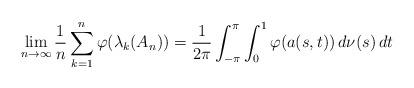
LaTeX: \begin{align*} \lim_{n\rightarrow\infty}\frac{1}{n} \sum_{k=1}^n \varphi(\lambda_k(A_n)) = \frac{1}{2\pi}\int_{-\pi}^{\pi} \int_0^1 \varphi(a(s,t) ) \, d\nu(s) \, dt\end{align*}